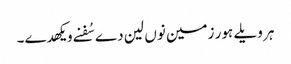
ہر ویلے ہور زمین نوں لین دے سُفنے ویکھدے۔